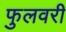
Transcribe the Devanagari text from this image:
फुलवरी